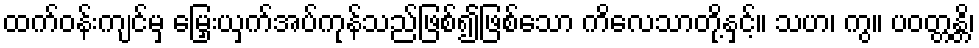
ထက်ဝန်းကျင်မှ မြှေးယှက်အပ်ကုန်သည်ဖြစ်၍ဖြစ်သော ကိလေသာတို့နှင့်။ သဟ၊ ကွ။ ပဝတ္တန္တိ၊